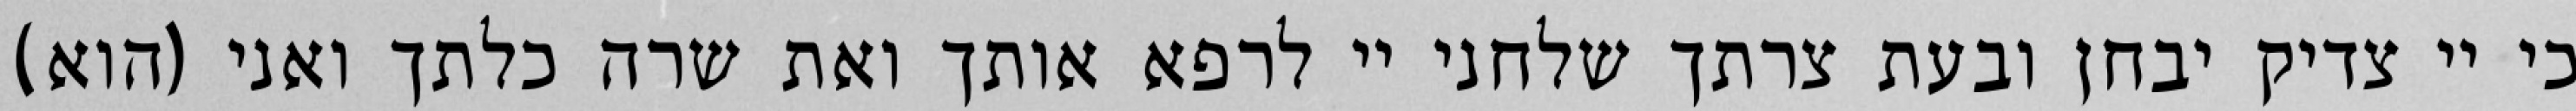
כי יי צדיק יבחן ובעת צרתך שלחני יי לרפא אותך ואת שרה כלתך ואני (הוא)